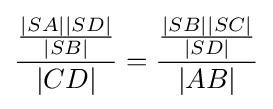
{\frac {\frac {|SA||SD|}{|SB|}}{|CD|}}={\frac {\frac {|SB||SC|}{|SD|}}{|AB|}}